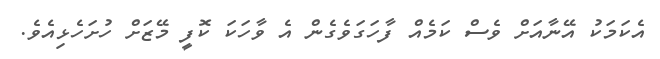
އެކަމަކު އޭނާއަށް ވެސް ކަމެއް ފާހަގަވެގެން އެ ވާހަކަ ކޮފީ މޭޒަށް ހުށަހެޅިއެވެ.